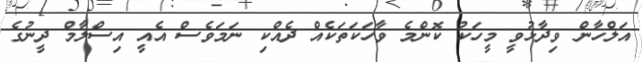
އަލްހާން ވިދާޅުވީ މީހަކު ކޮންމެ ވާހަކަތަކެއް ދެއްކި ނަމަވެސް އެއީ އިސްލާމް ދީނުގެ